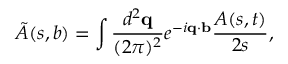
\tilde { A } ( s , b ) = \int \frac { d ^ { 2 } { \bf q } } { ( 2 \pi ) ^ { 2 } } e ^ { - i { \bf q } \cdot { \bf b } } \frac { A ( s , t ) } { 2 s } ,